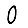
Digit: 0